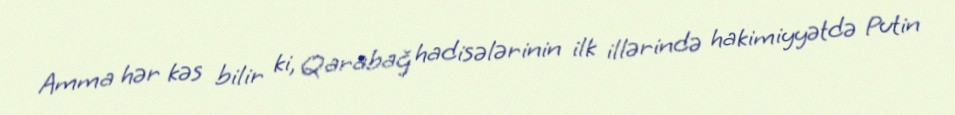
Amma hər kəs bilir ki, Qarabağ hadisələrinin ilk illərində hakimiyyətdə Putin